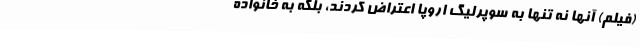
(فیلم) آنها نه تنها به سوپرلیگ اروپا اعتراض کردند، بلکه به خانواده